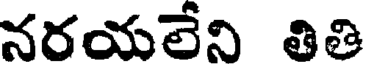
నరయలేని తితి